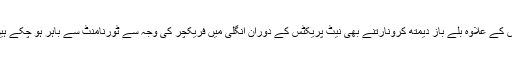
اس کے علاوہ بلے باز دیمتھ کرونارتنے بھی نیٹ پریکٹس کے دوران انگلی میں فریکچر کی وجہ سے ٹورنامنٹ سے باہر ہو چکے ہیں۔